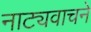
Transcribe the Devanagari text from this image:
नाट्यवाचने